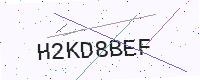
Text: H2KD8BEF